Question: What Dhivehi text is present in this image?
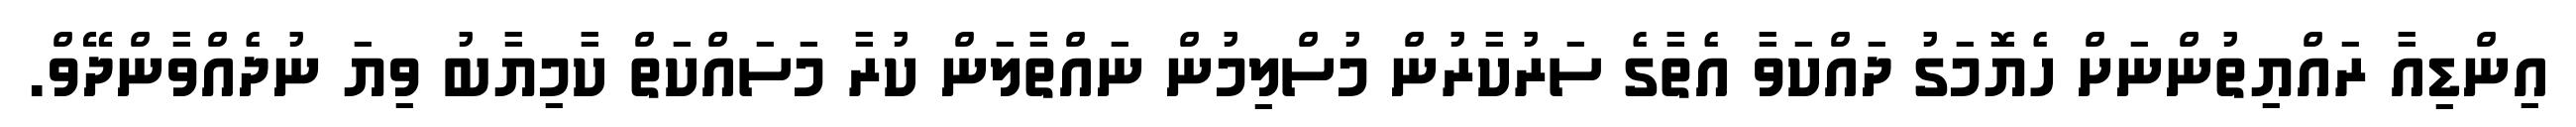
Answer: އިންޑިއާ ރައްޔިތުންނަށް ހެޔޮމަގު ދައްކަވާ އެތާގެ ސަރުކާރުން މުސްލިމުން ނައްތާލަން ކުރާ މަސައްކަތް ކާމިޔާބު ވިޔަ ނުދެއްވާންދޭވް.